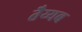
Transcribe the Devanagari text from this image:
तैय्यब